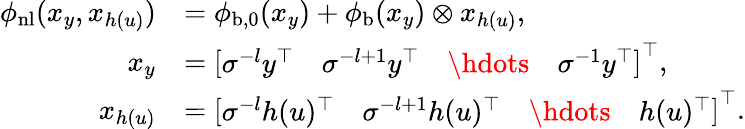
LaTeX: \begin{array}{rl}{\phi_{\mathrm{nl}}(x_{y},x_{h(u)})}&{=\phi_{\mathrm{b},0}(x_{y})+\phi_{\mathrm{b}}(x_{y})\otimes x_{h(u)},}\\ {x_{y}}&{=\left[\begin{array}{llll}{\sigma^{-l}y^{\top}}&{\sigma^{-l+1}y^{\top}}&{\hdots}&{\sigma^{-1}y^{\top}}\end{array}\right]^{\top},}\\ {x_{h(u)}}&{=\left[\begin{array}{llll}{\sigma^{-l}h(u)^{\top}}&{\sigma^{-l+1}h(u)^{\top}}&{\hdots}&{h(u)^{\top}}\end{array}\right]^{\top}.}\end{array}